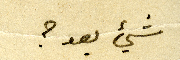
شيء بعد؟